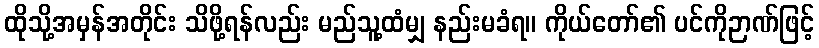
ထိုသို့အမှန်အတိုင်း သိဖို့ရန်လည်း မည်သူ့ထံမျှ နည်းမခံရ။ ကိုယ်တော်၏ ပင်ကိုဉာဏ်ဖြင့်